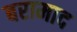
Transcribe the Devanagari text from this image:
बरामाद